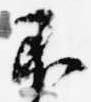
不